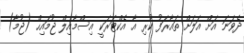
ދެވަނަ އަށް އަލަށް ތައާރަފު ކުރި އާ އެކްޓަރަކީ އިސްމާއިލް ޖުމައިހް (ޖުމާ)